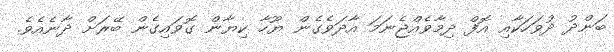
ބަންދު ދުވަހަކާއި އޮފް ދިމާވެއްޖެނަމަ އާދަވެގެން ޔޫހާ ކިޔާން ގޮވައިގެން ބޭރަށް ދާނެއެވެ.